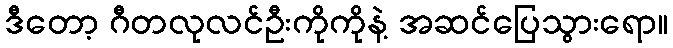
ဒီတော့ ဂီတလုလင်ဦးကိုကိုနဲ့ အဆင်ပြေသွားရော။